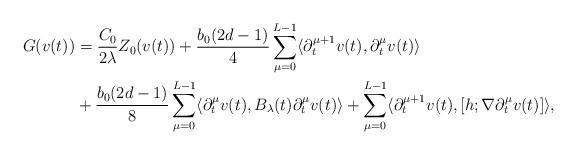
LaTeX: \begin{align*}G(v(t)) &= \frac{C_0}{2\lambda} Z_0(v(t)) + \frac{b_0 (2d-1)}{4} \sum_{\mu=0}^{L-1} \langle \partial_t^{\mu+1} v(t), \partial_t^\mu v(t) \rangle \\ & + \frac{b_0(2d-1)}{8} \sum_{\mu=0}^{L-1} \langle \partial_t^\mu v(t), B_\lambda(t) \partial_t^\mu v(t) \rangle + \sum_{\mu=0}^{L-1} \langle \partial_t^{\mu+1} v(t), [h ; \nabla \partial_t^\mu v(t)] \rangle,\end{align*}